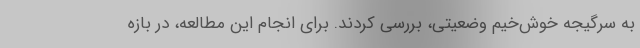
به سرگیجه خوش‌خیم وضعیتی، بررسی کردند. برای انجام این مطالعه، در بازه